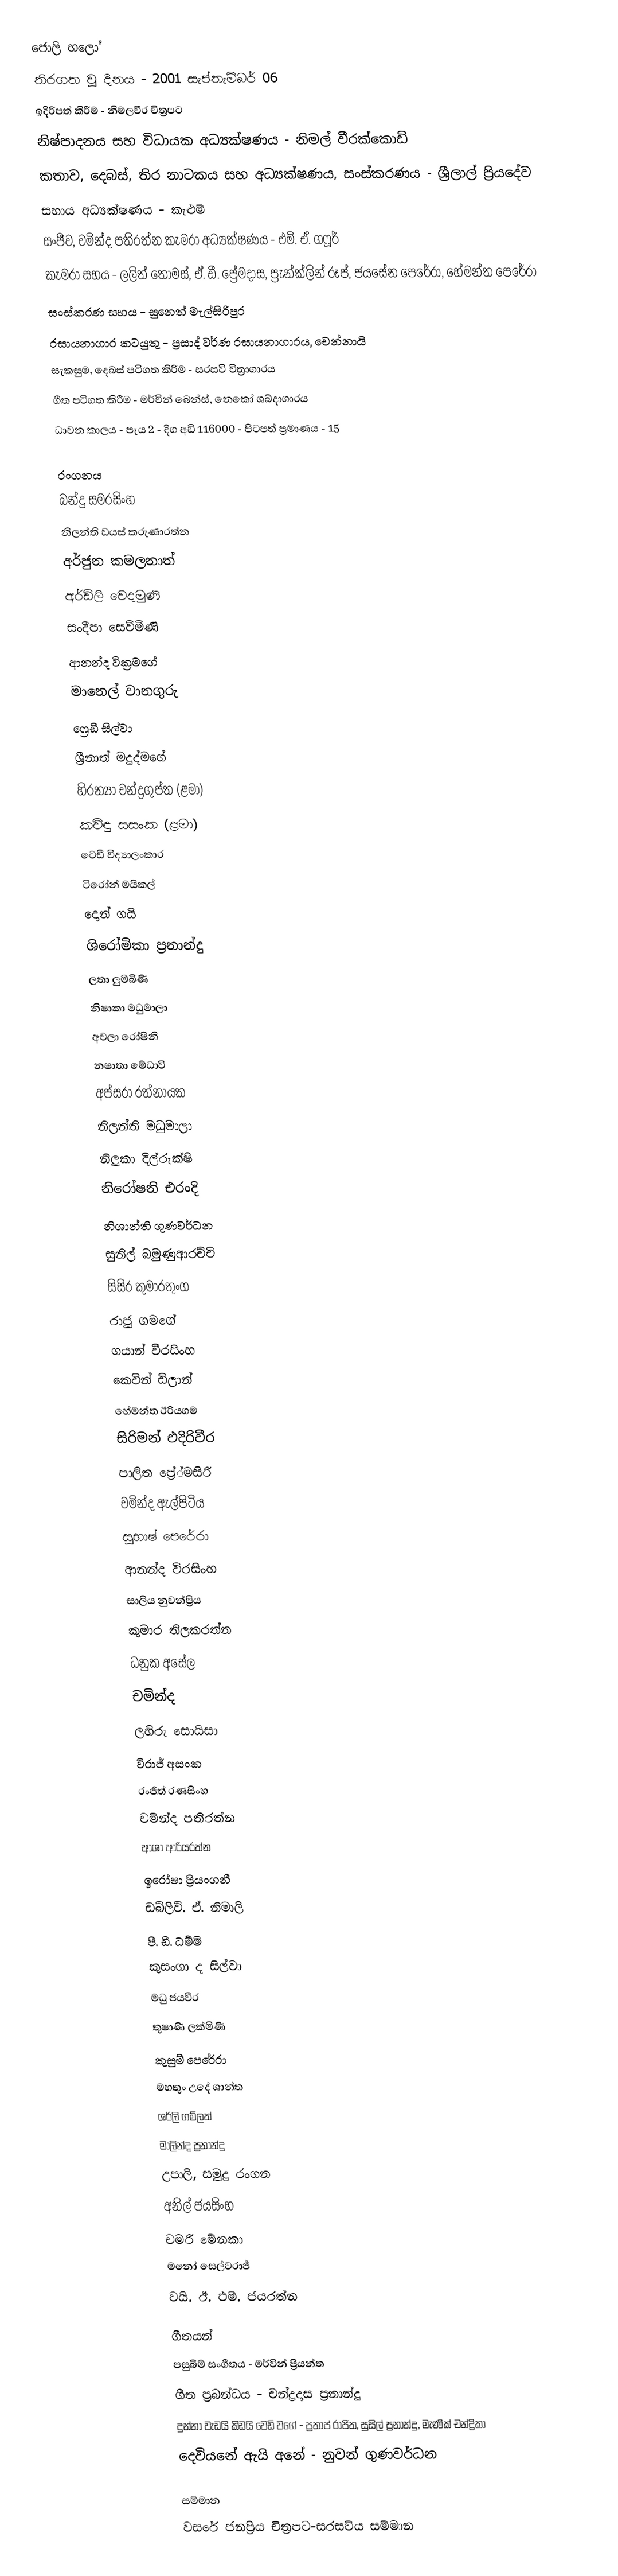
ජොලි හලෝ
තිරගත වූ දිනය - 2001 සැප්තැම්බර් 06
ඉදිරිපත් කිරීම - නිමලවීර චිත්‍රපට
නිෂ්පාදනය සහ විධායක අධ්‍යක්ෂණය - නිමල් වීරක්කොඩි
කතාව, දෙබස්, තිර නාටකය සහ අධ්‍යක්ෂණය, සංස්කරණය - ශ්‍රීලාල් ප්‍රියදේව
සහාය අධ්‍යක්ෂණය - කැළුම්
සංජීව, චමින්ද පතිරත්න කැමරා අධ්‍යක්ෂණය - එම්. ඒ. ගෆූර්
කැමරා සහය - ලලිත් තෝමස්, ඒ. ඩී. ප්‍රේමදාස, ප්‍රැන්ක්ලින් රූප්, ජයසේන පෙරේරා, හේමන්ත පෙරේරා
සංස්කරණ සහය - සුනෙත් මැල්සිරිපුර
රසායනාගාර කටයුතු - ප්‍රසාද් වර්ණ රසායනාගාරය, චෙන්නායි
සැකසුම, දෙබස් පටිගත කිරීම - සරසවි චිත්‍රාගාරය
ගීත පටිගත කිරීම - මර්වින් බෙන්ස්, නෙකෝ ශබ්දාගාරය
ධාවන කාලය - පැය 2 - දිග අඩි 116000 - පිටපත් ප්‍රමාණය - 15

රංගනය
බන්දු සමරසිංහ
නිලන්ති ඩයස් කරුණාරත්න
අර්ජුන කමලනාත්
අර්ඩ්ලි වෙදමුණි
සංදීපා සෙව්මිණි
ආනන්ද වික්‍රමගේ
මානෙල් වානගුරු
ෆ්‍රෙඩී සිල්වා
ශ්‍රීනාත් මදුද්මගේ
හිරන්‍යා චන්ද්‍රගුප්ත (ළමා)
කවිඳු සසංක (ළමා)
ටෙඩී විද්‍යාලංකාර
ටිරෝන් මයිකල්
දොන් ගයි
ශිරෝමිකා ප්‍රනාන්දු
ලතා ලුම්බිණි
නිෂාකා මධුමාලා
අචලා රෝෂිනි
නෂාතා මේධාවි
අප්සරා රත්නායක
නිලන්ති මධුමාලා
නිලුකා දිල්රුක්ෂි
නිරෝෂනි එරංදි
නිශාන්ති ගුණවර්ධන
සුනිල් බමුණුආරච්චි
සිසිර කුමාරතුංග
රාජු ගමගේ
ගයාන් වීරසිංහ
කෙවින් ඩිලාන්
හේමන්ත ඊරියගම
සිරිමන් එදිරිවීර
පාලිත ප්‍රේ්මසිරි
චමින්ද ඇල්පිටිය
සුභාෂ් පෙරේරා
ආනන්ද විරසිංහ
සාලිය නුවන්ප්‍රිය
කුමාර තිලකරත්න
ධනුක අසේල
චමින්ද
ලහිරු සොයිසා
විරාජ් අසංක
රංජිත් රණසිංහ
චමින්ද පතිරත්න
ආශා ආරියරත්න
ඉරෝෂා ප්‍රියංගනී
ඩබ්ලිව්. ඒ. නිමාලි
පී. ඩී. ධම්මි
කුසංගා ද සිල්වා
මධු ජයවීර
තුෂාණි ලක්මිණි
කුසුම් පෙරේරා
මහතුං උදේ ශාන්ත
ශර්ලි ගම්ලත්
මාලින්ද ප්‍රනාන්දු
උපාලි, සමුද්‍ර රංගන
අනිල් ජයසිංහ
චමරි මේනකා
මනෝ සෙල්වරාජ්
වයි. ඊ. එම්. ජයරත්න

ගීතයන්
පසුබිම් සංගීතය - මර්වින් ප්‍රියන්ත
ගීත ප්‍රබන්ධය - චන්ද්‍රදාස ප්‍රනාන්දු
දුන්නා වැඩයි කිඩයි වෙඩි වගේ - ප්‍රතාප් රාජිත, සුසිල් ප්‍රනාන්දු, මැණික් චන්ද්‍රිකා
දෙවියනේ ඇයි අනේ - නුවන් ගුණවර්ධන

සම්මාන
වසරේ ජනප්‍රිය චිත්‍රපට-සරසවිය සම්මාන